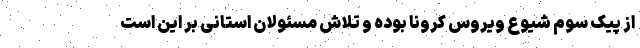
از پیک سوم شیوع ویروس کرونا بوده و تلاش مسئولان استانی بر این است